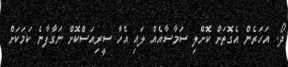
ދޯ. އަހަރެން އެގޮތަށް ކޮށްލި ސަމާސާއެއް ލައި އެހާ ސީރިއަސްކޮށް ނަގާފާނެ ކަމަކަށް